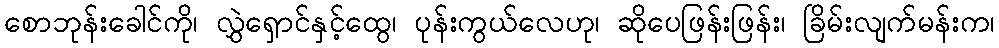
စောဘုန်းခေါင်ကို၊ လွှဲရှောင်နှင့်ထွေ၊ ပုန်းကွယ်လေဟု၊ ဆိုပေဖြန်းဖြန်း၊ ခြိမ်းလျက်မန်းက၊